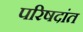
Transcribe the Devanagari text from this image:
परिषदांत